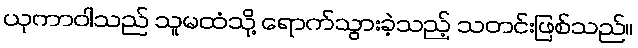
ယုကာဝါသည် သူမထံသို့ ရောက်သွားခဲ့သည့် သတင်းဖြစ်သည်။